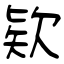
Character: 欵